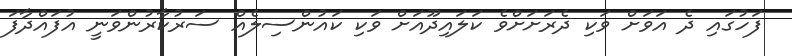
ފަހުގައި ދެ އަވަށް ވަކި ދެރަށަށްވެ ކަލައިދޫއަށް ވަކި ކައުންސިލެއް ސަރުކާރުންވަނީ އުފައްދާފަ